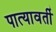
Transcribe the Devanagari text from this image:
पात्यावर्ती